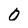
Character: 0